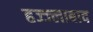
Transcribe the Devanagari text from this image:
हज्ज्लाबाद